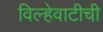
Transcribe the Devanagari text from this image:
विल्हेवाटीची